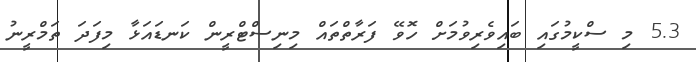
5.3 މި ސްކީމުގައި ބައިވެރިވުމަށް ހޮވޭ ފަރާތްތައް މިނިސްޓްރީން ކަނޑައަޅާ މިފަދަ ތަމްރީނު